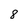
Character: 8